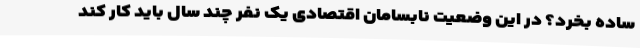
ساده بخرد؟ در این وضعیت نابسامان اقتصادی یک نفر چند سال باید کار کند